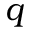
q